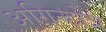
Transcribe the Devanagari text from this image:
अगिन्होत्र